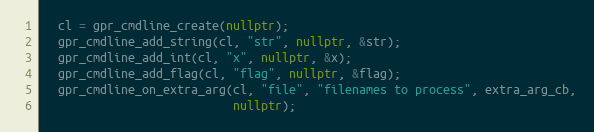
Language: C++
  cl = gpr_cmdline_create(nullptr);
  gpr_cmdline_add_string(cl, "str", nullptr, &str);
  gpr_cmdline_add_int(cl, "x", nullptr, &x);
  gpr_cmdline_add_flag(cl, "flag", nullptr, &flag);
  gpr_cmdline_on_extra_arg(cl, "file", "filenames to process", extra_arg_cb,
                           nullptr);